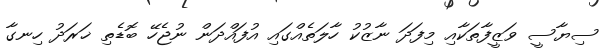
ސިޔާސީ ވަޒީފާތަކާއި މިފަދަ ނާޒުކު ހާލަތެއްގައި އުފައްދަން ނުޖެހޭ ބޮޑެތި ޚަރަދު ހިނގާ